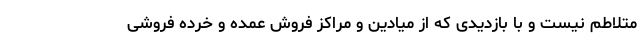
متلاطم نیست و با بازدیدی که از میادین و مراکز فروش عمده و خرده فروشی